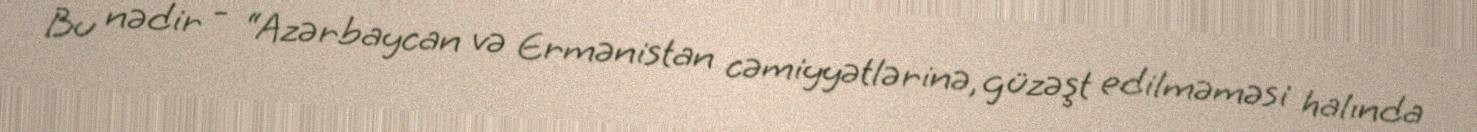
Bu nədir - “Azərbaycan və Ermənistan cəmiyyətlərinə, güzəşt edilməməsi halında